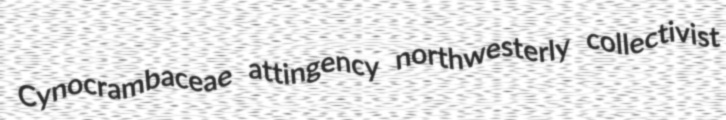
Cynocrambaceae attingency northwesterly collectivist